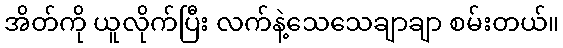
အိတ်ကို ယူလိုက်ပြီး လက်နဲ့သေသေချာချာ စမ်းတယ်။